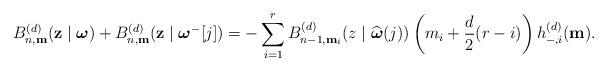
LaTeX: \begin{align*}B_{n,\mathbf{m}}^{(d)}(\mathbf{z}\mid {\boldsymbol{\omega}})+B_{n,\mathbf{m}}^{(d)}(\mathbf{z}\mid {\boldsymbol{\omega}}^{-}[j])=& -\sum_{i=1}^{r} B_{n-1,\mathbf{m}_{i}}^{(d)}(z\mid \widehat{{\boldsymbol{\omega}}}(j)) \left(m_{i}+\frac{d}{2}(r-i)\right) h_{-,i}^{(d)}(\mathbf{m}).\end{align*}